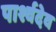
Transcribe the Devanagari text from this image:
पार्श्वदेव